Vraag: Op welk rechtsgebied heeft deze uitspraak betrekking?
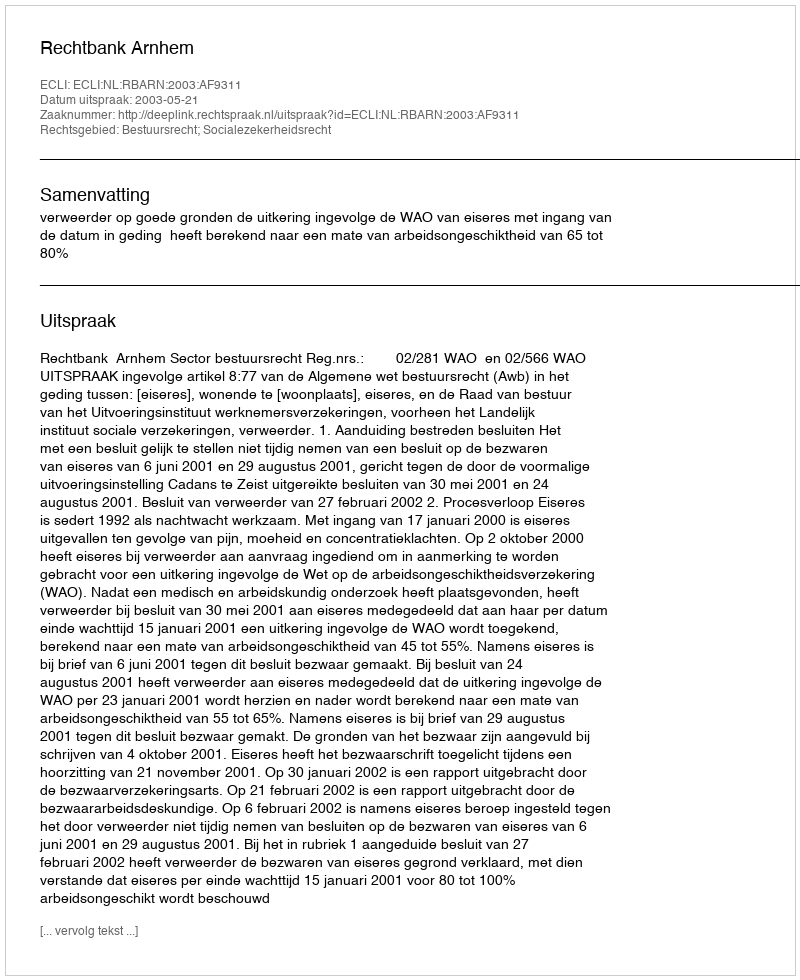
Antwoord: Bestuursrecht; Socialezekerheidsrecht